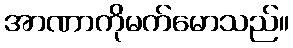
အာဏာကိုမက်မောသည်။